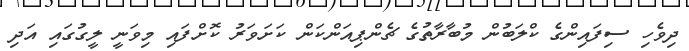
ދިވެހި ސިފައިންގެ ކްލަބުން މުބާރާތުގެ ޗެންޕިއަންކަން ކަށަވަރު ކޮށްފައި މިވަނީ ލީގުގައި އަދި